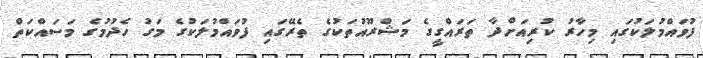
ފުވައްމުލަކުގައި މިހާރު ކުރިއަށްދާ ތަރައްގީގެ މަޝްރޫއުތަކުގެ ތެރޭގައި ފުވައްމުލަކުގެ މަގު ހެދުމުގެ މަސައްކަތް